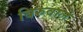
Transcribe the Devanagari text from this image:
बिरुवाले